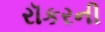
રૉકરની